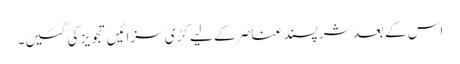
اس کے بعد شر پسند عناصر کے لیے کڑی سزائیں تجویز کی گئیں۔